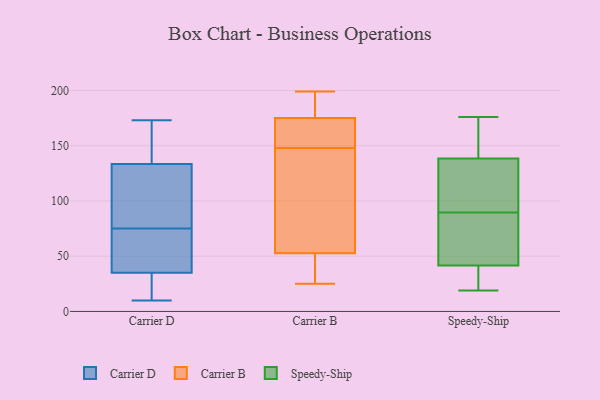
{"axis": {"x": "Bounce Rate (%)", "y": "Value"}, "legend": ["Carrier B", "Carrier D", "Speedy-Ship"], "data": [{"x": "", "y": 13, "type": "Carrier D"}, {"x": "", "y": 23, "type": "Carrier D"}, {"x": "", "y": 85, "type": "Carrier D"}, {"x": "", "y": 30, "type": "Carrier D"}, {"x": "", "y": 173, "type": "Carrier D"}, {"x": "", "y": 152, "type": "Carrier D"}, {"x": "", "y": 38, "type": "Carrier D"}, {"x": "", "y": 61, "type": "Carrier D"}, {"x": "", "y": 168, "type": "Carrier D"}, {"x": "", "y": 10, "type": "Carrier D"}, {"x": "", "y": 52, "type": "Carrier D"}, {"x": "", "y": 139, "type": "Carrier D"}, {"x": "", "y": 113, "type": "Carrier D"}, {"x": "", "y": 34, "type": "Carrier D"}, {"x": "", "y": 75, "type": "Carrier D"}, {"x": "", "y": 145, "type": "Carrier D"}, {"x": "", "y": 117, "type": "Carrier D"}, {"x": "", "y": 112, "type": "Carrier D"}, {"x": "", "y": 60, "type": "Carrier D"}, {"x": "", "y": 38, "type": "Carrier B"}, {"x": "", "y": 165, "type": "Carrier B"}, {"x": "", "y": 59, "type": "Carrier B"}, {"x": "", "y": 158, "type": "Carrier B"}, {"x": "", "y": 148, "type": "Carrier B"}, {"x": "", "y": 187, "type": "Carrier B"}, {"x": "", "y": 164, "type": "Carrier B"}, {"x": "", "y": 73, "type": "Carrier B"}, {"x": "", "y": 25, "type": "Carrier B"}, {"x": "", "y": 173, "type": "Carrier B"}, {"x": "", "y": 40, "type": "Carrier B"}, {"x": "", "y": 199, "type": "Carrier B"}, {"x": "", "y": 66, "type": "Carrier B"}, {"x": "", "y": 29, "type": "Carrier B"}, {"x": "", "y": 181, "type": "Carrier B"}, {"x": "", "y": 194, "type": "Carrier B"}, {"x": "", "y": 57, "type": "Carrier B"}, {"x": "", "y": 86, "type": "Speedy-Ship"}, {"x": "", "y": 93, "type": "Speedy-Ship"}, {"x": "", "y": 176, "type": "Speedy-Ship"}, {"x": "", "y": 20, "type": "Speedy-Ship"}, {"x": "", "y": 19, "type": "Speedy-Ship"}, {"x": "", "y": 109, "type": "Speedy-Ship"}, {"x": "", "y": 21, "type": "Speedy-Ship"}, {"x": "", "y": 145, "type": "Speedy-Ship"}, {"x": "", "y": 132, "type": "Speedy-Ship"}, {"x": "", "y": 70, "type": "Speedy-Ship"}, {"x": "", "y": 155, "type": "Speedy-Ship"}, {"x": "", "y": 62, "type": "Speedy-Ship"}]}